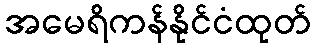
အမေရိကန်နိုင်ငံထုတ်